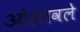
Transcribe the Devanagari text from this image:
ओलावले